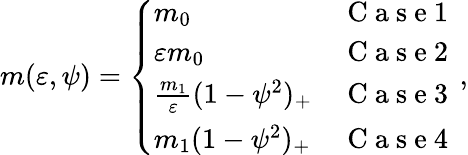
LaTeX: \begin{array}{r}{m({\varepsilon},\psi)=\left\{ \begin{array}{ll}{m_{0}}&{\mathrm{~C~a~s~e~1~}}\\ {\varepsilon m_{0}}&{\mathrm{~C~a~s~e~2~}}\\ {\frac{m_{1}}{\varepsilon}(1-\psi^{2})_{+}}&{\mathrm{~C~a~s~e~3~}}\\ {m_{1}(1-\psi^{2})_{+}}&{\mathrm{~C~a~s~e~4~}}\end{array}\right.\, ,}\end{array}